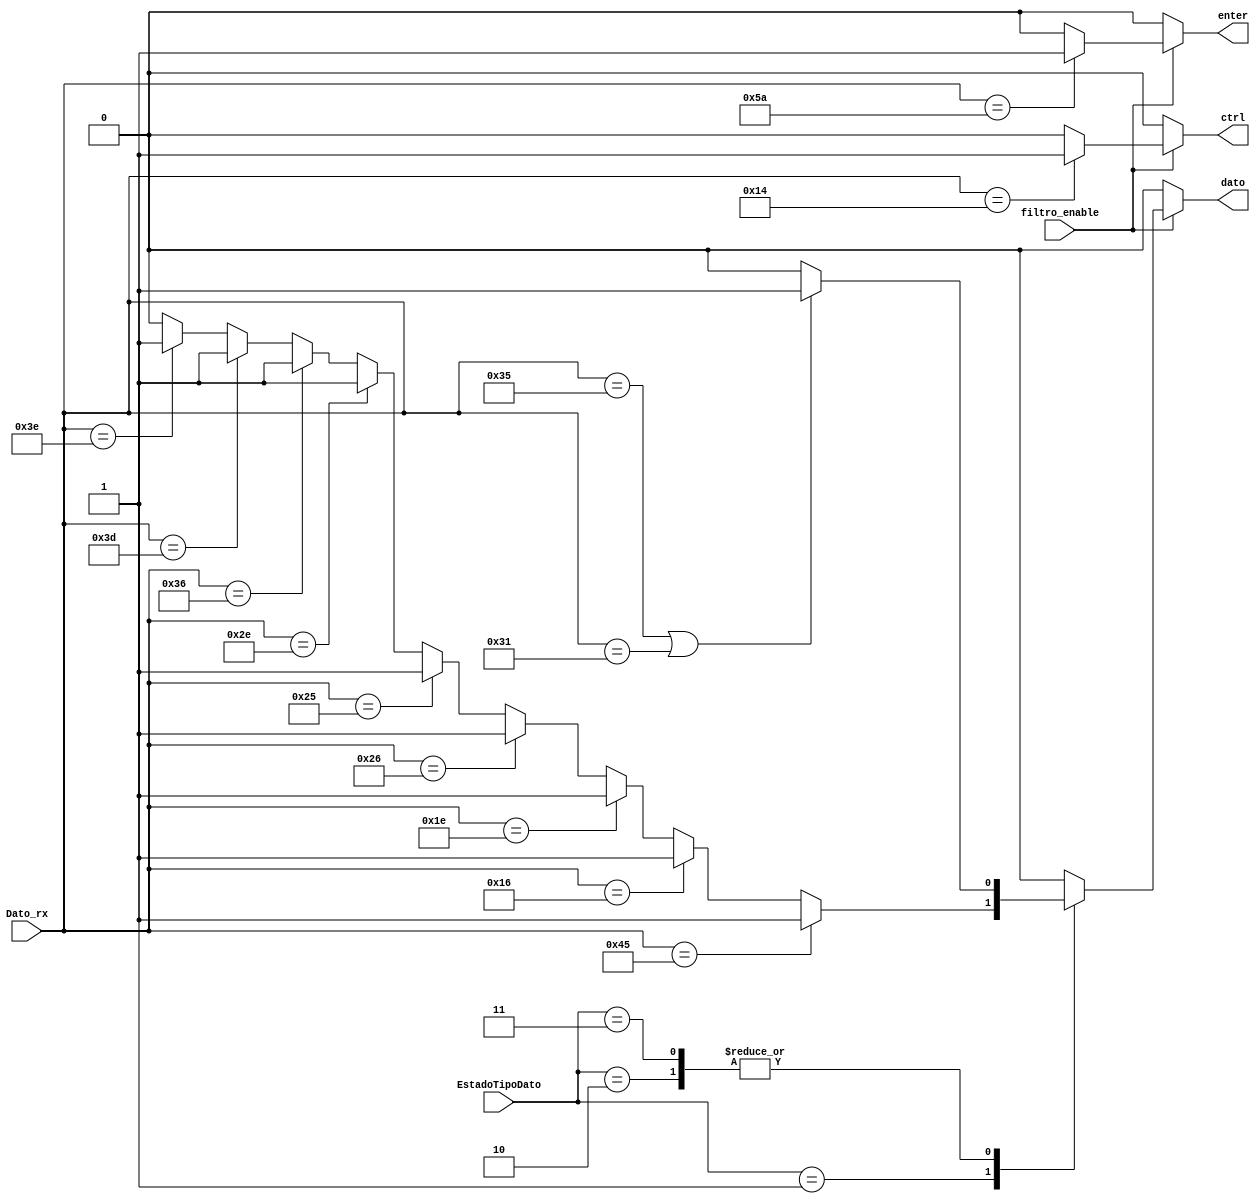
`timescale 1ns / 1ps
//////////////////////////////////////////////////////////////////////////////////
// Company: Tecnolgico Costa Rica
// 
// Design Name: 
// Module Name:    Identificador
// Project Name: 
// Target Devices: 
// Tool versions: 
// Description: 
//	Mdulo encargado para identificar las teclas hbiles para registrar y enviar banderas a control
// Dependencies: 
//
// Revision: 
// Revision 0.01 - File Created
// Additional Comments: 
//
//////////////////////////////////////////////////////////////////////////////////

module Identificador(
	//Dato entrante del teclado
	input wire [7:0] Dato_rx,
	//Seal que habilita cuando tomar el dato despues del 'F0'
	input wire filtro_enable,
	//Seal que indica la clase de dato esperado
	input wire [1:0] EstadoTipoDato,
	//Seales de control
	output reg ctrl,
	output reg enter,
	output reg dato
    );
//Declaracin simblica para el tipo de dato para la variable de tipo de dato
localparam [1:0]
	temperatura = 2'h1,
	ignicion = 2'h2,
	presencia = 2'h3;

//Asignacin de la afirmacin si se trata el mensaje de un dato capturado correspondiente a la tecla 'y' o 'n'
wire ykey_nkey; 

//Asignacin de la afirmacin si se trata el mensaje de un dato capturado correspondiente a la tecla numrica de 0 a 8
wire temp_key;

	//Comportamiento del identificador de tecla
	always @*
	begin
		ctrl = 0;
		enter = 0;
		dato = 0;
		if(filtro_enable == 1'b1) //habilitado por el filtro las salidas.
		begin		
			//Caso de ctrl 
			ctrl = (Dato_rx == 8'h14) ? 1'b1 : 1'b0;
			//Caso de enter
			enter = (Dato_rx == 8'h5a) ? 1'b1 : 1'b0;
			//Caso sobre tipo de dato
			case(EstadoTipoDato)
				temperatura:
					dato = temp_key;
				ignicion:
					dato = ykey_nkey;
				presencia:
					dato = ykey_nkey;
			endcase
		end
	end
	
	assign temp_key = 	(Dato_rx == 8'h45) ? 1'b1 : //'0'	
				(Dato_rx == 8'h16) ? 1'b1 : //'1'
				(Dato_rx == 8'h1e) ? 1'b1 : //'2'
				(Dato_rx == 8'h26) ? 1'b1 : //'3'
				(Dato_rx == 8'h25) ? 1'b1 : //'4'
				(Dato_rx == 8'h2e) ? 1'b1 : //'5'
				(Dato_rx == 8'h36) ? 1'b1 : //'6'
				(Dato_rx == 8'h3d) ? 1'b1 : //'7'
				(Dato_rx == 8'h3e) ? 1'b1 : 1'b0; //'8'
	assign ykey_nkey = ((Dato_rx == 8'h35) || (Dato_rx == 8'h31)) ? 1'b1 : 1'b0; // 'y' o 'n'	
	

endmodule